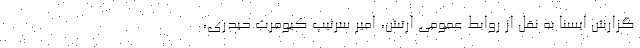
گزارش ایسنا به نقل از روابط عمومی ارتش، امیر سرتیپ کیومرث حیدری،